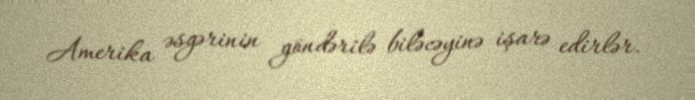
Amerika əsgərinin göndərilə biləcəyinə işarə edirlər.